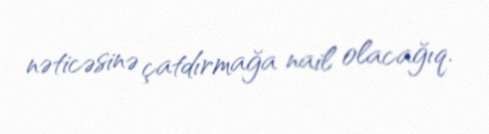
nəticəsinə çatdırmağa nail olacağıq.